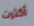
أكثرت